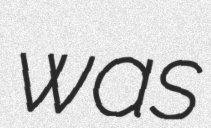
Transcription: was